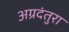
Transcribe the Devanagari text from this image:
अग्रदंतुरा